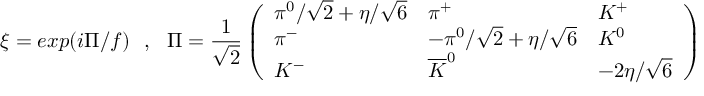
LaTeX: \xi = e x p ( i \Pi / f ) \ \ \ , \ \ \ \Pi = \frac { 1 } { \sqrt { 2 } } \left( \begin{array} { l l l } { { \pi ^ { 0 } / \sqrt { 2 } + \eta / \sqrt { 6 } } } & { { \pi ^ { + } } } & { { K ^ { + } } } \\ { { \pi ^ { - } } } & { { - \pi ^ { 0 } / \sqrt { 2 } + \eta / \sqrt { 6 } } } & { { K ^ { 0 } } } \\ { { K ^ { - } } } & { { \overline { { K } } ^ { 0 } } } & { { - 2 \eta / \sqrt { 6 } } } \end{array} \right) \ \ \ .